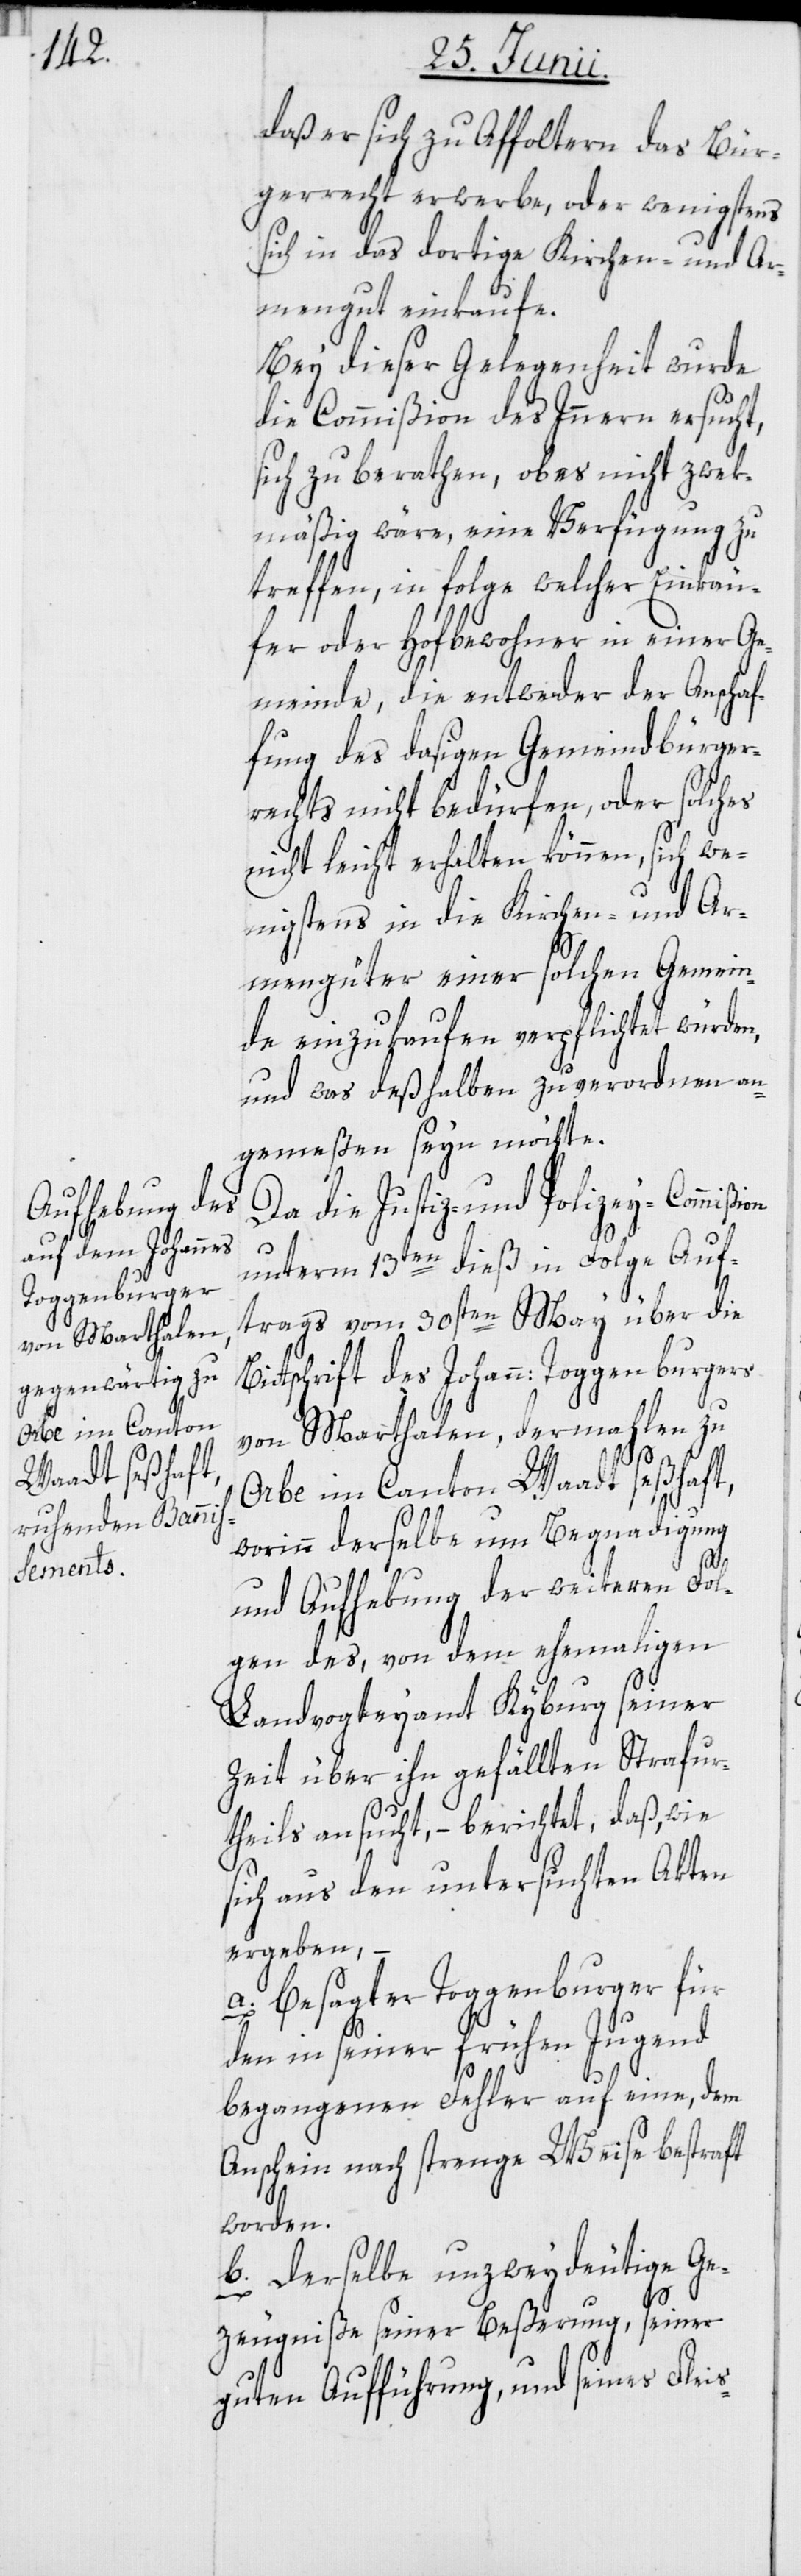
Toggenburgers

daß er sich zu Affoltern das Bür¬
gerrecht erwerbe, oder wenigstens
sich in das dortige Kirchen- und Ar¬
mengut einkaufe.
Bey dieser Gelegenheit wurde
die Commißion des Innern ersucht,
sich zu berathen, ob es nicht zwek¬
mäßig wäre, eine Verfügung zu
treffen, in folge welcher Einkäu¬
fer oder Hofbewohner in einer Ge¬
meinde, die entweder der Anschaf¬
fung des dasigen Gemeindbürger¬
rechts nicht bedürfen, oder solches
nicht leicht erhalten können, sich we¬
nigstens in die Kirchen- und Ar¬
mengüter einer solchen Gemein¬
de einzukaufen verpflichtet würden,
und was deßhalben zu verordnen an¬
gemeßen seyn möchte.
Da die Justiz- und Polizey-Commißi¬
unterm 13ten dieß in Folge Auf¬
trags vom 30sten May über die
von Marthalen, dermahlen zu
Orbe im Canton Waadt seßhaft,
worinn derselbe um Begnadigung
on
und Aufhebung der weiteren Fol¬
gen des, von dem ehemaligen
Landvogteyamt Kyburg seiner
Zeit über ihn gefällten Strafur¬
theils ansucht, – berichtet, daß, wie
sich aus den untersuchten Akten
ergeben, –
a. besagter Toggenburger für
den in seiner frühen Jugend
begangenen Fehler auf eine, dem
Anschein nach strenge Weise bestraft
worden.
b. Derselbe unzweydeutige Ge¬
zeugniße seiner Beßerung, seiner
guten Aufführung, und seines Fleis-